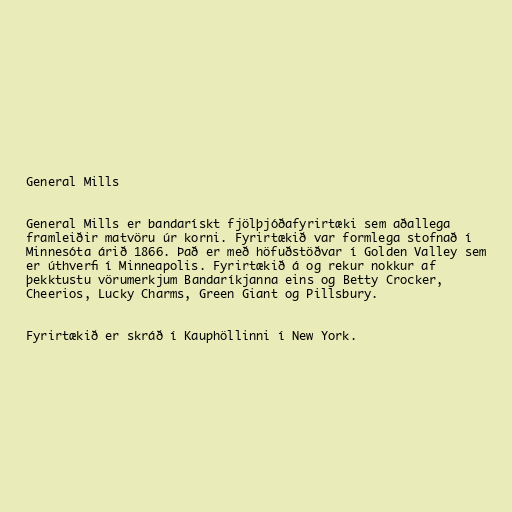
General Mills

General Mills er bandarískt fjölþjóðafyrirtæki sem aðallega
framleiðir matvöru úr korni. Fyrirtækið var formlega stofnað í
Minnesóta árið 1866. Það er með höfuðstöðvar í Golden Valley sem
er úthverfi í Minneapolis. Fyrirtækið á og rekur nokkur af
þekktustu vörumerkjum Bandaríkjanna eins og Betty Crocker,
Cheerios, Lucky Charms, Green Giant og Pillsbury.

Fyrirtækið er skráð í Kauphöllinni í New York.